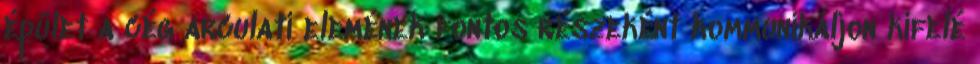
épület a cég arculati elemének fontos részeként kommunikáljon kifelé